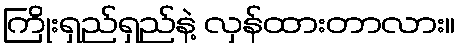
ကြိုးရှည်ရှည်နဲ့ လှန်ထားတာလား။